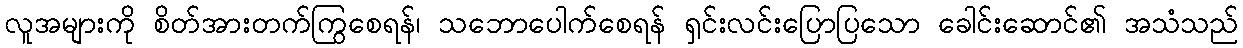
လူအများကို စိတ်အားတက်ကြွစေရန်၊ သဘောပေါက်စေရန် ရှင်းလင်းပြောပြသော ခေါင်းဆောင်၏ အသံသည်